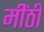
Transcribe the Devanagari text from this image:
मींठी